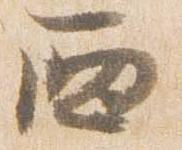
西